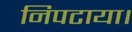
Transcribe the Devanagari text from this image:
निपटाया।